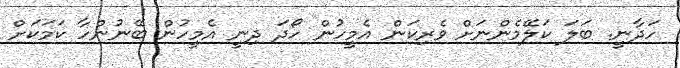
ހަދާނީ. ބަލަ ކަލޭމެންނަށް ވެރިކަން އެމީހުން ހޯދަ ދިނީ އެމީހުން ބޭނުންހާ ކަމަކަށް